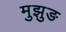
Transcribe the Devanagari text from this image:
मुझुङ